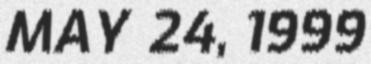
MAY 24, 1999